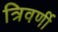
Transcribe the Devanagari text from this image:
त्रिवर्णी